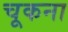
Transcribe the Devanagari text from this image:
चूकना